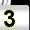
Digit: 3